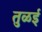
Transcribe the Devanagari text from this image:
तुळई